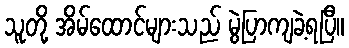
သူတို့ အိမ်ထောင်များသည် မွဲပြာကျခဲ့ရပြီ။